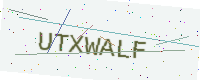
Text: UTXWALF